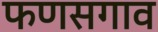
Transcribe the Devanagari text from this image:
फणसगाव